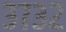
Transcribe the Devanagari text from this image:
३७३२